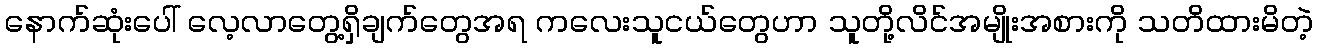
နောက်ဆုံးပေါ် လေ့လာတွေ့ရှိချက်တွေအရ ကလေးသူငယ်တွေဟာ သူတို့လိင်အမျိုးအစားကို သတိထားမိတဲ့